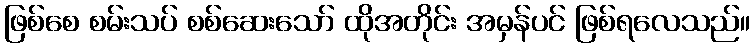
ဖြစ်စေ စမ်းသပ် စစ်ဆေးသော် ထိုအတိုင်း အမှန်ပင် ဖြစ်ရလေသည်။